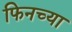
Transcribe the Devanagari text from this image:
फिनच्या